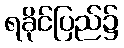
ရခိုင်ပြည်၌